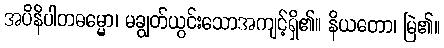
အပိနိပါတဓမ္မော၊ မချွတ်ယွင်းသောအကျင့်ရှိ၏။ နိယတော၊ မြဲ၏။